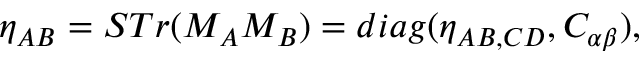
\eta _ { { \cal A B } } = S T r ( M _ { { \cal A } } M _ { { \cal B } } ) = d i a g ( \eta _ { A B , C D } , C _ { \alpha \beta } ) ,